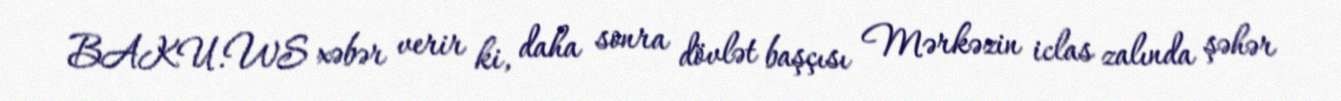
BAKU.WS xəbər verir ki, daha sonra dövlət başçısı Mərkəzin iclas zalında şəhər